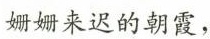
姗姗来迟的朝霞，